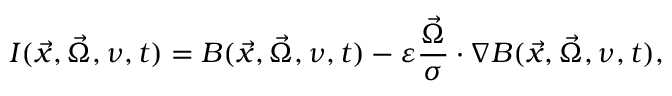
I ( \vec { x } , \vec { \Omega } , \nu , t ) = B ( \vec { x } , \vec { \Omega } , \nu , t ) - \varepsilon \frac { \vec { \Omega } } { \sigma } \cdot \nabla B ( \vec { x } , \vec { \Omega } , \nu , t ) ,